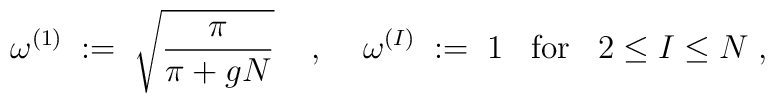
\omega^{(1)} \; := \; \sqrt{\frac{\pi}{\pi+gN}}\; \; \; \; , \; \; \; \;\omega^{(I)} \; := \; 1 \; \; \; \mbox{for} \; \; \; 2 \leq I \leq N \; ,